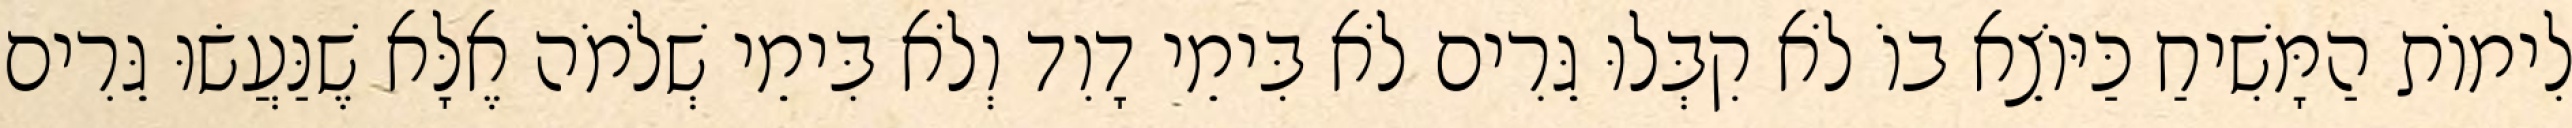
לִימוֹת הַמָּשִׁיחַ כַּיּוֹצֵא בוֹ לֹא קִבְּלוּ גֵּרִים לֹא בִּימֵי דָוִד וְלֹא בִּימֵי שְׁלֹמֹה אֶלָּא שֶׁנַּעֲשׂוּ גֵּרִים